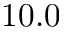
1 0 . 0